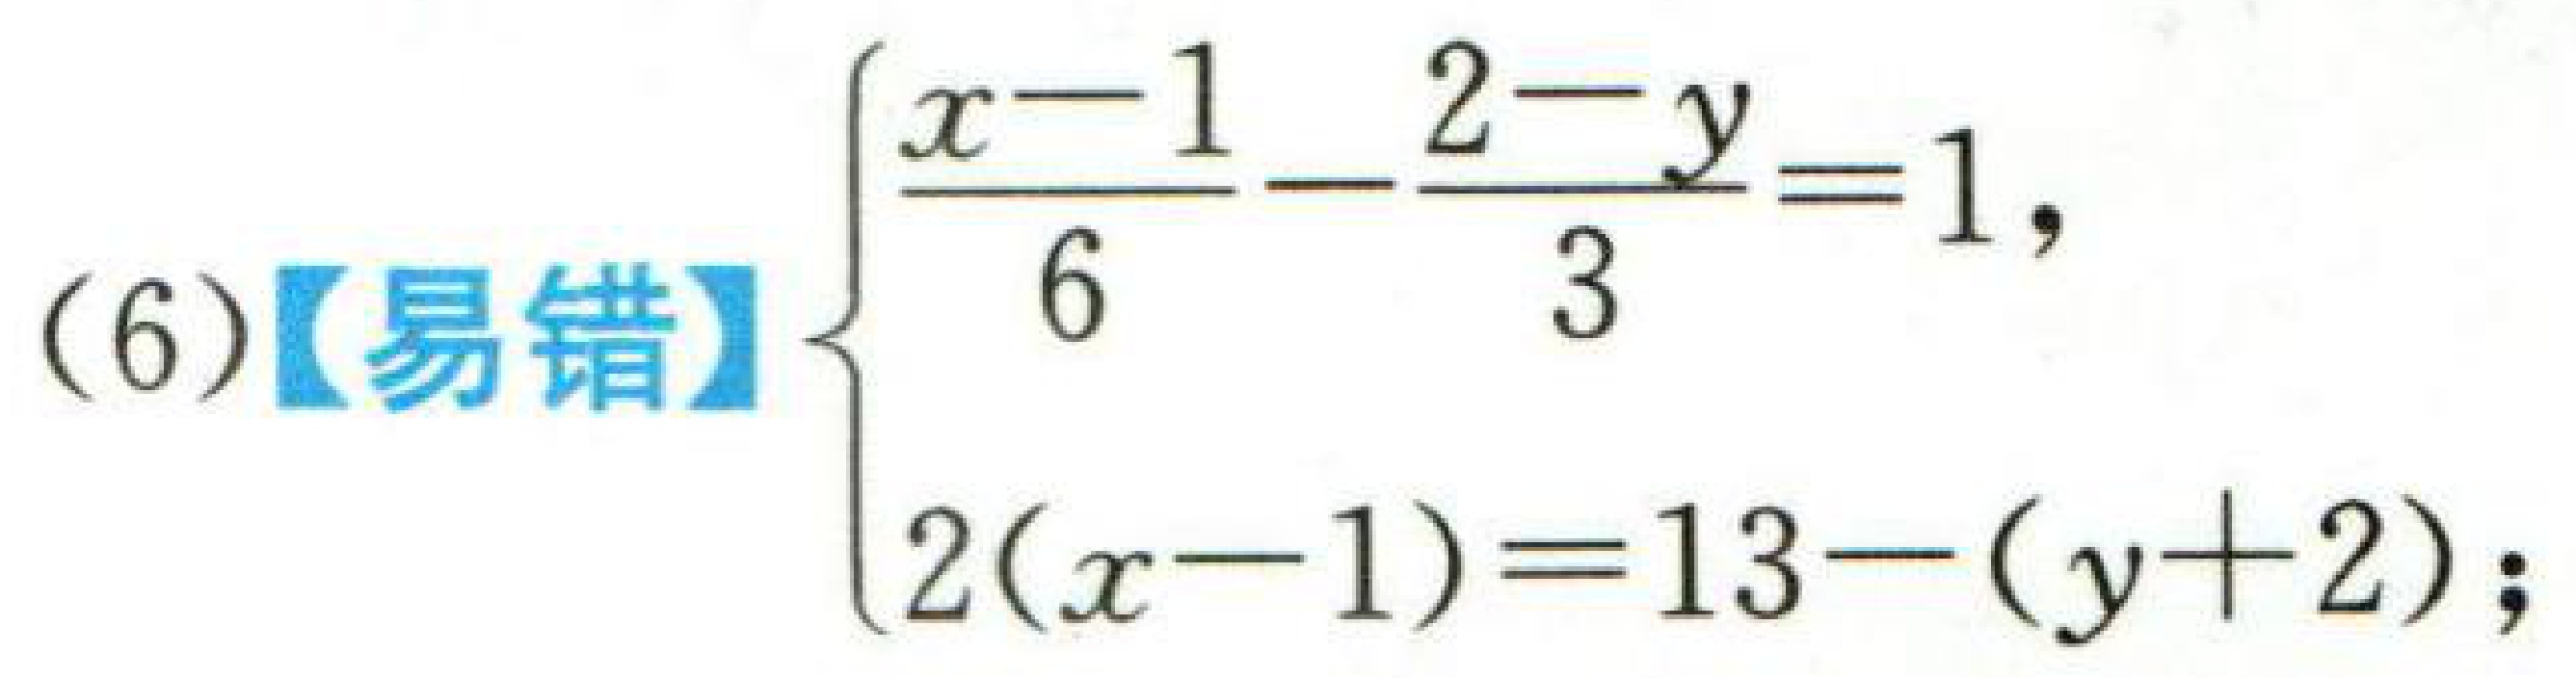
(6)【易错】$\begin{cases}\dfrac{x - 1}{6}-\dfrac{2 - y}{3}=1,\\2(x - 1)=13-(y + 2);\end{cases}$